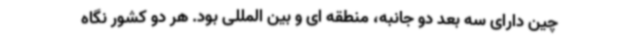
چین دارای سه بعد دو جانبه، منطقه ای و بین المللی بود. هر دو کشور نگاه